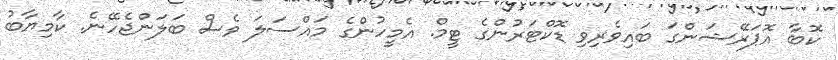
ކޮބާ އޮޕަރޭޝަންގަ ބައިވެރިވި ޑޮކްޓަރުންގެ ޓީމް. އެމީހުންގެ މައްސަލަ ވެސް ބަލަންޖެހޭނެ. ކާމިޔާބު